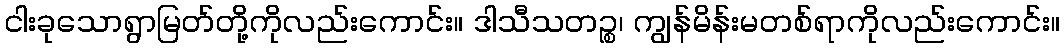
ငါးခုသောရွာမြတ်တို့ကိုလည်းကောင်း။ ဒါသီသတဉ္စ၊ ကျွန်မိန်းမတစ်ရာကိုလည်းကောင်း။